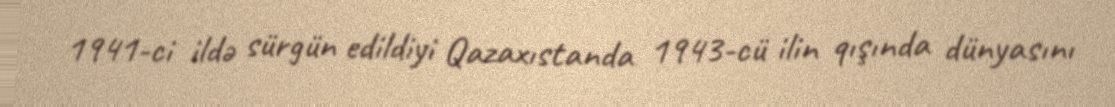
1941-ci ildə sürgün edildiyi Qazaxıstanda 1943-cü ilin qışında dünyasını